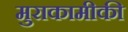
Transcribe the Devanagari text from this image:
मुराकामीकी